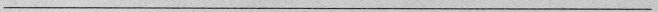
___